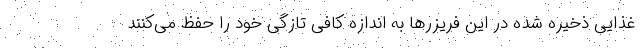
غذایی ذخیره شده در این فریزرها به اندازه کافی تازگی خود را حفظ می‌کنند